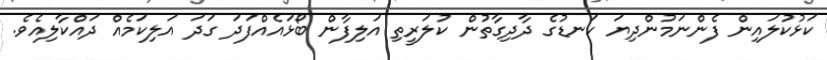
ކަޅުކުލައިން ފެންނަމުންދިޔަ ކަނޑުގެ ދާދިގާތުން ކުލަރީތި އަލިފާން ބޯޅައެއްފަދަ ގަދަ އަލިކަމެއް ދައްކާލިއެވެ.